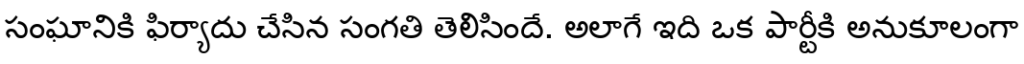
సంఘానికి ఫిర్యాదు చేసిన సంగతి తెలిసిందే. అలాగే ఇది ఒక పార్టీకి అనుకూలంగా